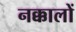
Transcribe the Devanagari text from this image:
नक्कालों